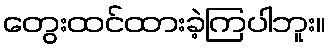
တွေးထင်ထားခဲ့ကြပါဘူး။